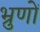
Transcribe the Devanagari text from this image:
भ्रुणों